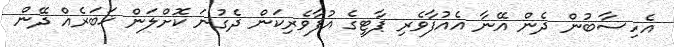
އެހިސާބުން ދެން އޭނާ އެއުފާވެރި ޕާޓީގެ އުފާވެރިކަން ދެގުނަ ކޮށްލަން ޚަބަރެއް ދޭން